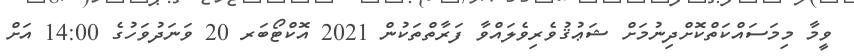
ވީމާ މިމަސައްކަތްކޮށްދިނުމަށް ޝަޢުޤުވެރިވެލައްވާ ފަރާތްތަކުން 2021 އޮކްޓޯބަރ 20 ވަނަދުވަހުގެ 14:00 އަށް